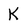
Character: K